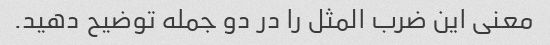
معنی این ضرب المثل را در دو جمله توضیح دهید.